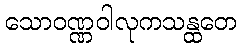
သောဝဏ္ဏဝါလုကသန္ထတေ